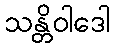
သန္တိဝါဒေါ